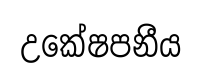
උකේෂපනීය